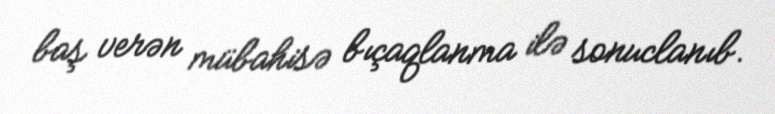
baş verən mübahisə bıçaqlanma ilə sonuclanıb.